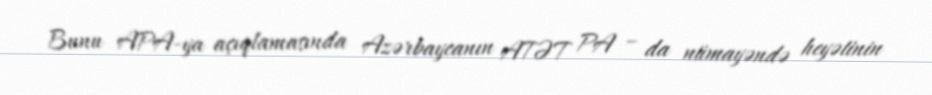
Bunu APA-ya açıqlamasında Azərbaycanın ATƏT PA – da nümayəndə heyətinin